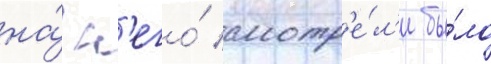
на́ н'его́ смотр'е́л'и бы́ло